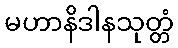
မဟာနိဒါနသုတ္တံ